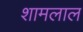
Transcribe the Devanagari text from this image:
शामलाल